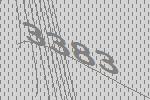
3383